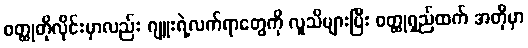
ဝတ္ထုတိုလိုင်းမှာလည်း ဂျူးရဲ့လက်ရာတွေကို လူသိများပြီး ဝတ္ထုရှည်ထက် အတိုမှာ